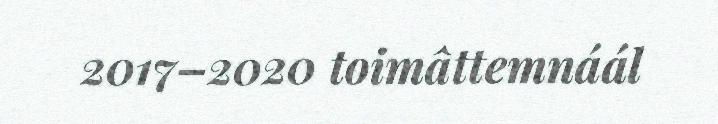
2017–2020 toimâttemnáál